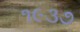
૧૯૩૭